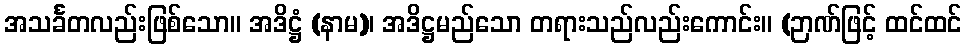
အသင်္ခတလည်းဖြစ်သော။ အဒိဋ္ဌံ (နာမ)၊ အဒိဋ္ဌမည်သော တရားသည်လည်းကောင်း။ (ဉာဏ်ဖြင့် ထင်ထင်